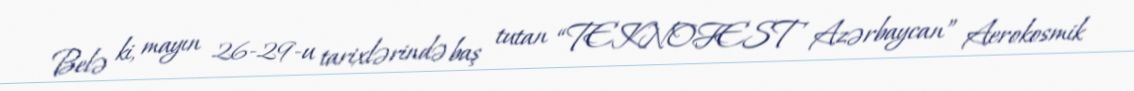
Belə ki, mayın 26-29-u tarixlərində baş tutan “TEKNOFEST Azərbaycan” Aerokosmik